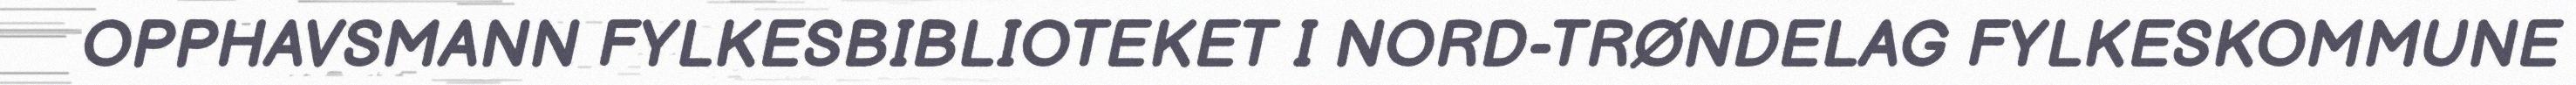
OPPHAVSMANN FYLKESBIBLIOTEKET I NORD-TRØNDELAG FYLKESKOMMUNE